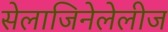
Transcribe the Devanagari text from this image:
सेलाजिनेलेलीज